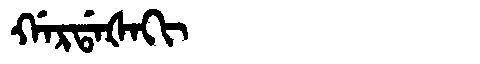
Manchu: ᡤᠠᡵᡩᠠᡧᠠᡴᡳ
Romanization: GARDAŠAKI